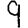
Digit: 9